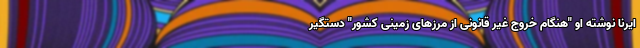
ایرنا نوشته او "هنگام خروج غیر قانونی از مرزهای زمینی کشور" دستگیر